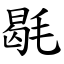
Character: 毼